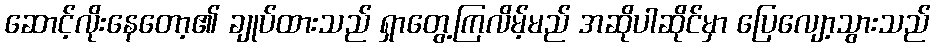
ဆောင့်လိုးနေတော့၏ ချုပ်ထားသည် ရှာတွေ့ကြလိမ့်မည် အဆိုပါဆိုင်မှာ ပြေလျော့သွားသည်